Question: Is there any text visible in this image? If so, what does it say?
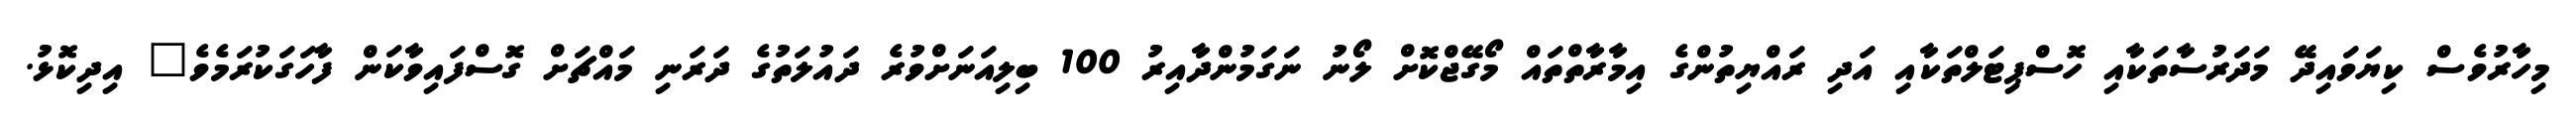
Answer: މިހާރުވެސް ކިޔަވައިދޭ މަދަރުސާތަކާއި ހޮސްޕިޓަލްތަކާއި އަދި ރައްޔިތުންގެ އިމާރާތްތައް މޯގޭޖްކޮށް ލޯނު ނަގަމުންދާއިރު 100 ބިލިއަނަށްވުރެ ދައުލަތުގެ ދަރަނި މައްޗަށް ގޮސްފައިވާކަން ފާހަގަކުރަމެވެ" އިދިކޮޅު.